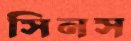
সিনস